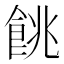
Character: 餆